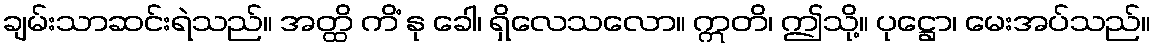
ချမ်းသာဆင်းရဲသည်။ အတ္ထိ ကိံ နု ခေါ၊ ရှိလေသလော။ ဣတိ၊ ဤသို့။ ပုဋ္ဌော၊ မေးအပ်သည်။